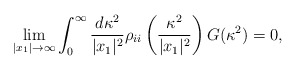
\begin{align*}\lim_{|x_1| \rightarrow \infty}\int_0 ^\infty \frac{d\kappa^2}{|x_1|^2} \rho_{ii}\left(\frac{\kappa^2}{|x_1|^2}\right) G(\kappa^2)=0,\end{align*}